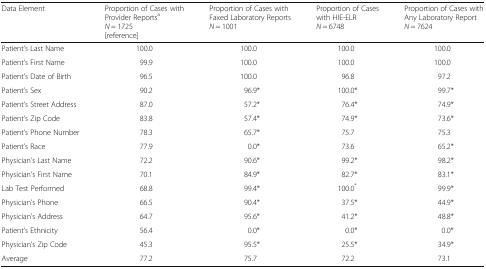
| Data Element | Proportion of Cases with Provider ReportsaN = 1725[reference] | Proportion of Cases with Faxed Laboratory ReportsN = 1001 | Proportion of Cases with HIE-ELRN = 6748 | Proportion of Cases with Any Laboratory ReportN = 7624 |
 | --- | --- | --- | --- | --- |
 | Patient’s Last Name | 100.0 | 100.0 | 100.0 | 100.0 |
 | Patient’s First Name | 99.9 | 100.0 | 100.0 | 100.0 |
 | Patient’s Date of Birth | 96.5 | 100.0 | 96.8 | 97.2 |
 | Patient’s Sex | 90.2 | 96.9* | 100.0* | 99.7* |
 | Patient’s Street Address | 87.0 | 57.2* | 76.4* | 74.9* |
 | Patient’s Zip Code | 83.8 | 57.4* | 74.9* | 73.6* |
 | Patient’s Phone Number | 78.3 | 65.7* | 75.7 | 75.3 |
 | Patient’s Race | 77.9 | 0.0* | 73.6 | 65.2* |
 | Physician’s Last Name | 72.2 | 90.6* | 99.2* | 98.2* |
 | Physician’s First Name | 70.1 | 84.9* | 82.7* | 83.1* |
 | Lab Test Performed | 68.8 | 99.4* | 100.0* | 99.9* |
 | Physician’s Phone | 66.5 | 90.4* | 37.5* | 44.9* |
 | Physician’s Address | 64.7 | 95.6* | 41.2* | 48.8* |
 | Patient’s Ethnicity | 56.4 | 0.0* | 0.0* | 0.0* |
 | Physician’s Zip Code | 45.3 | 95.5* | 25.5* | 34.9* |
 | Average | 77.2 | 75.7 | 72.2 | 73.1 |